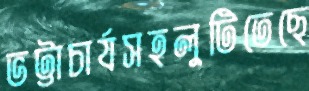
ভট্টাচার্যসহলুটিতেছে